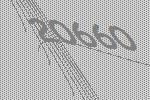
20660